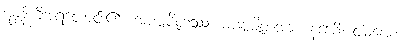
မန္တန်ကိုအရတောင်း၏။ အပဗ္ဗဇိတဿ၊ မပဗ္ဗဇိတအား။ နဒေမိ၊ ငါမပေး။